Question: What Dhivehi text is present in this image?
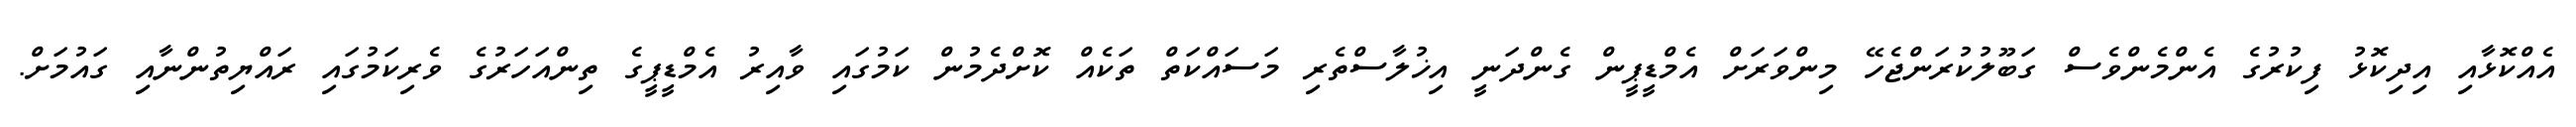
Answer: އެއްކޮޅާއި އިދިކޮޅު ފިކުރުގެ އެންމެންވެސް ގަބޫލުކުރަންޖެހޭ މިންވަރަށް އެމްޑީޕީން ގެންދަނީ އިޚުލާސްތެރި މަސައްކަތް ތަކެއް ކޮށްދެމުން ކަމުގައި ވާއިރު އެމްޑީޕީގެ ތިންއަހަރުގެ ވެރިކަމުގައި ރައްޔިތުންނާއި ގައުމަށް.